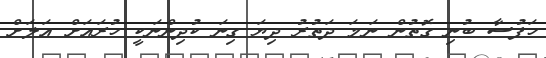
ހަފުސާ ބުނި ގޮތުން ނަމަ ދަތުރު ދިޔަ ގިނަ ކުދިންނަކީ ހުރައަށް އަލަށް